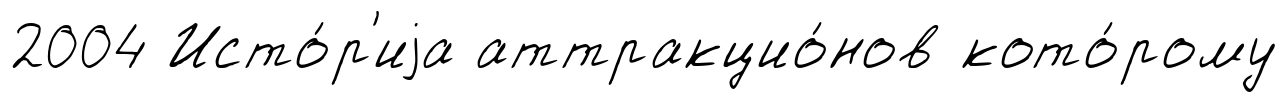
2004 Исто́р'иjа аттракцио́нов кото́рому